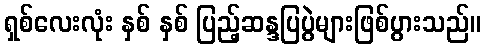
ရှစ်လေးလုံး နှစ် နှစ် ပြည့်ဆန္ဒပြပွဲများဖြစ်ပွားသည်။